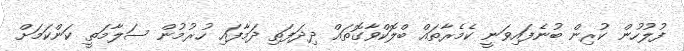
ފުލުހުން ކުރިން ބުނެފައިވަނީ ކެމެރާތައް ބްލޮކްވާގޮތައް ދިދަފަތި ދަމާފައި ހުރުމުން ސަލާމަތީ ކަންކަމަށް